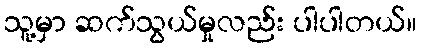
သူ့မှာ ဆက်သွယ်မှုလည်း ပါပါတယ်။